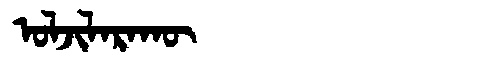
Manchu: ᠣᠯᠵᡳᠯᠠᡵᠠᡴᡡ
Romanization: OLJILARAKŪ